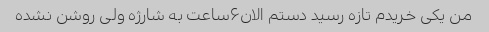
من یکی خریدم تازه رسید دستم الان۶ساعت به شارژه ولی روشن نشده